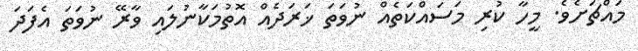
މައްޗަށެވެ. މީހާ ކުރި މަސައްކަތެއް ނުވަތަ ޚަރަދެއް އޮތުމަކާނުލައި ވާރޭ ނުވަތަ އެފަދަ